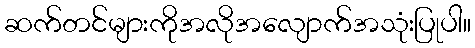
ဆက်တင်များကိုအလိုအလျောက်အသုံးပြုပါ။